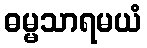
ဓမ္မသာရမယံ